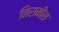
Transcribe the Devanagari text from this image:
निरामीस